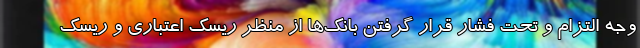
وجه التزام و تحت فشار قرار گرفتن بانک‌ها از منظر ریسک اعتباری و ریسک